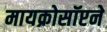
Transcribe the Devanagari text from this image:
मायक्रोसॉप्टने